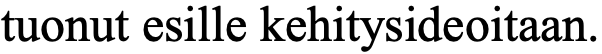
tuonut esille kehitysideoitaan.